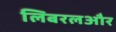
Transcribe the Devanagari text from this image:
लिबरलऔर